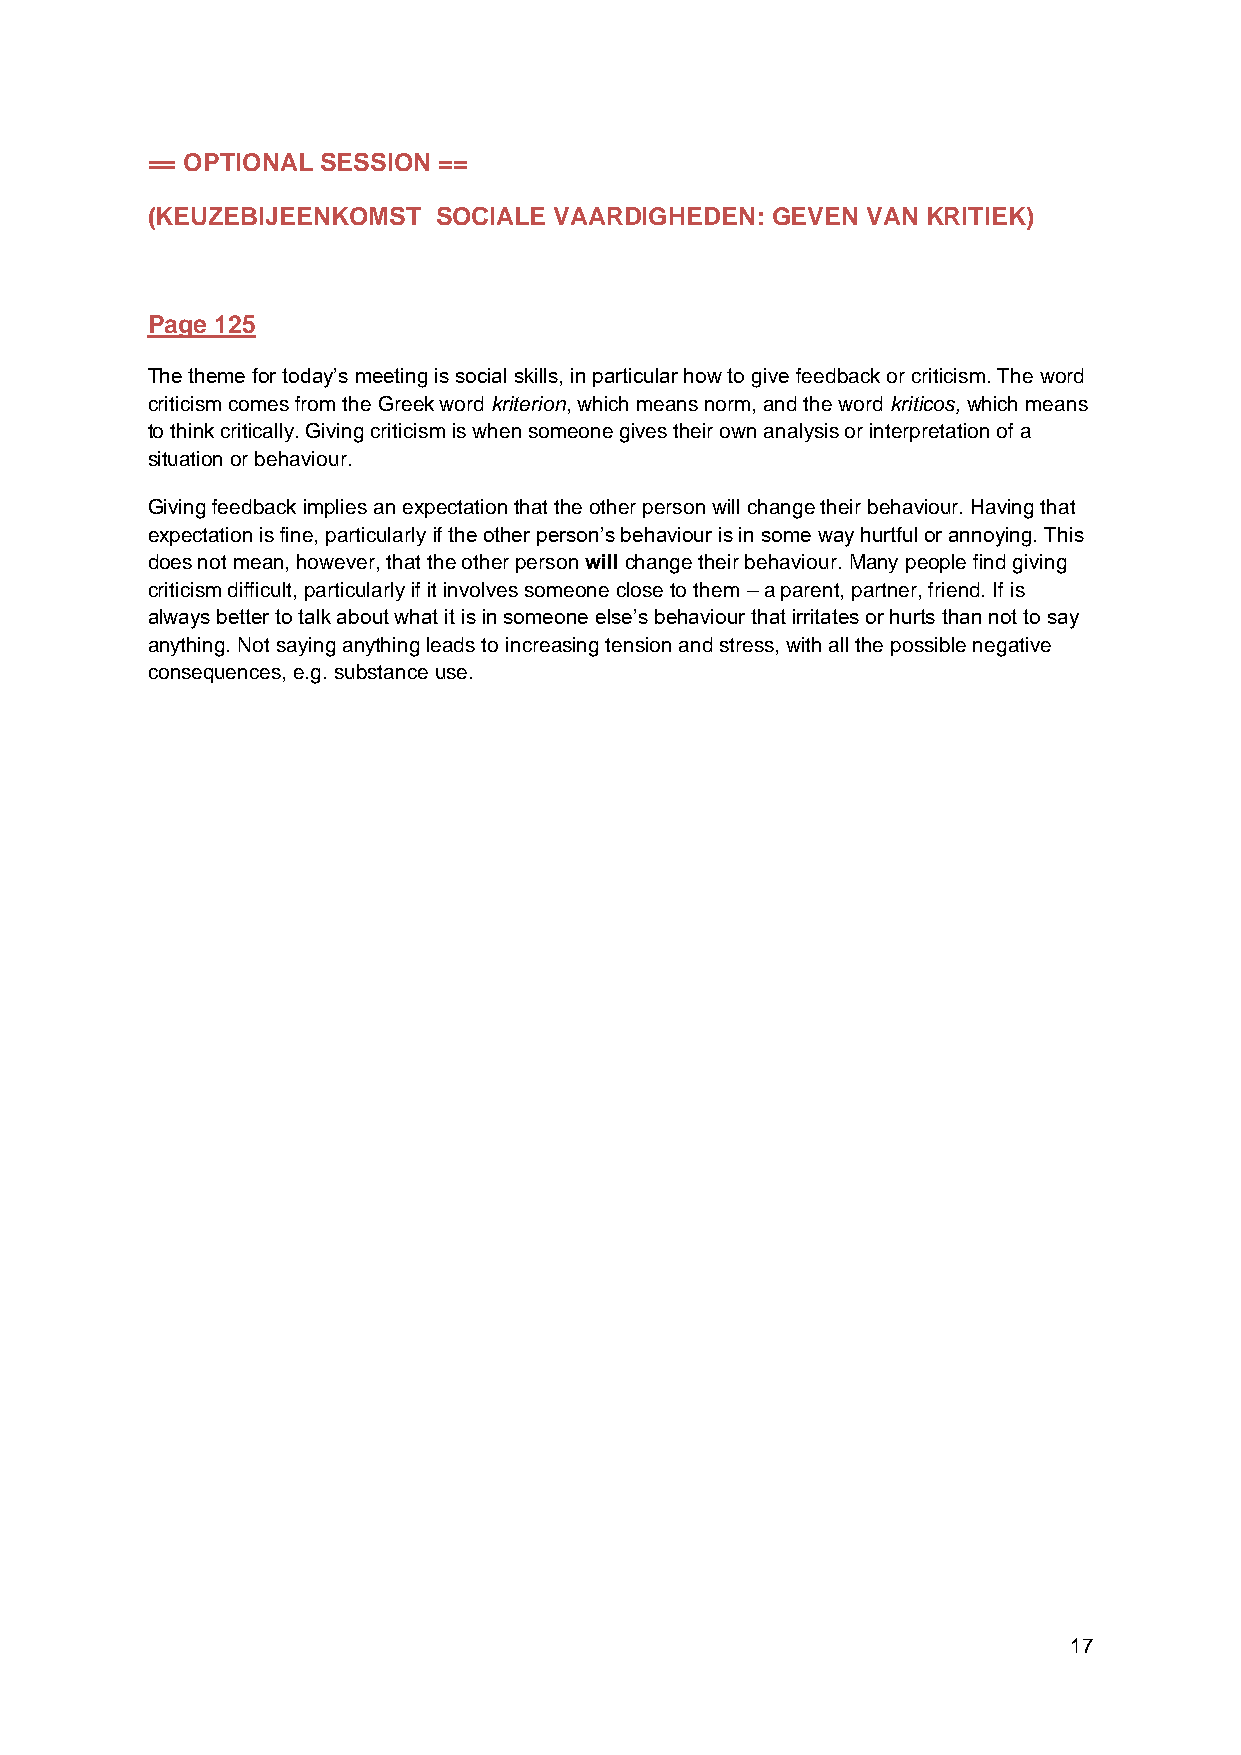
== OPTIONAL SESSION ==
 (KEUZEBIJEENKOMST  SOCIALE VAARDIGHEDEN: GEVEN VAN KRITIEK)
 Page 125
 The theme for today’s meeting is social skills, in particular how to give feedback or criticism. The word
 criticism comes from the Greek word kriterion, which means norm, and the word kriticos, which means
 to think critically. Giving criticism is when someone gives their own analysis or interpretation of a
 situation or behaviour.
 Giving feedback implies an expectation that the other person will change their behaviour. Having that
 expectation is fine, particularly if the other person’s behaviour is in some way hurtful or annoying. This
 does not mean, however, that the other person will change their behaviour. Many people find giving
 criticism difficult, particularly if it involves someone close to them – a parent, partner, friend. If is
 always better to talk about what it is in someone else’s behaviour that irritates or hurts than not to say
 anything. Not saying anything leads to increasing tension and stress, with all the possible negative
 consequences, e.g. substance use.
 17